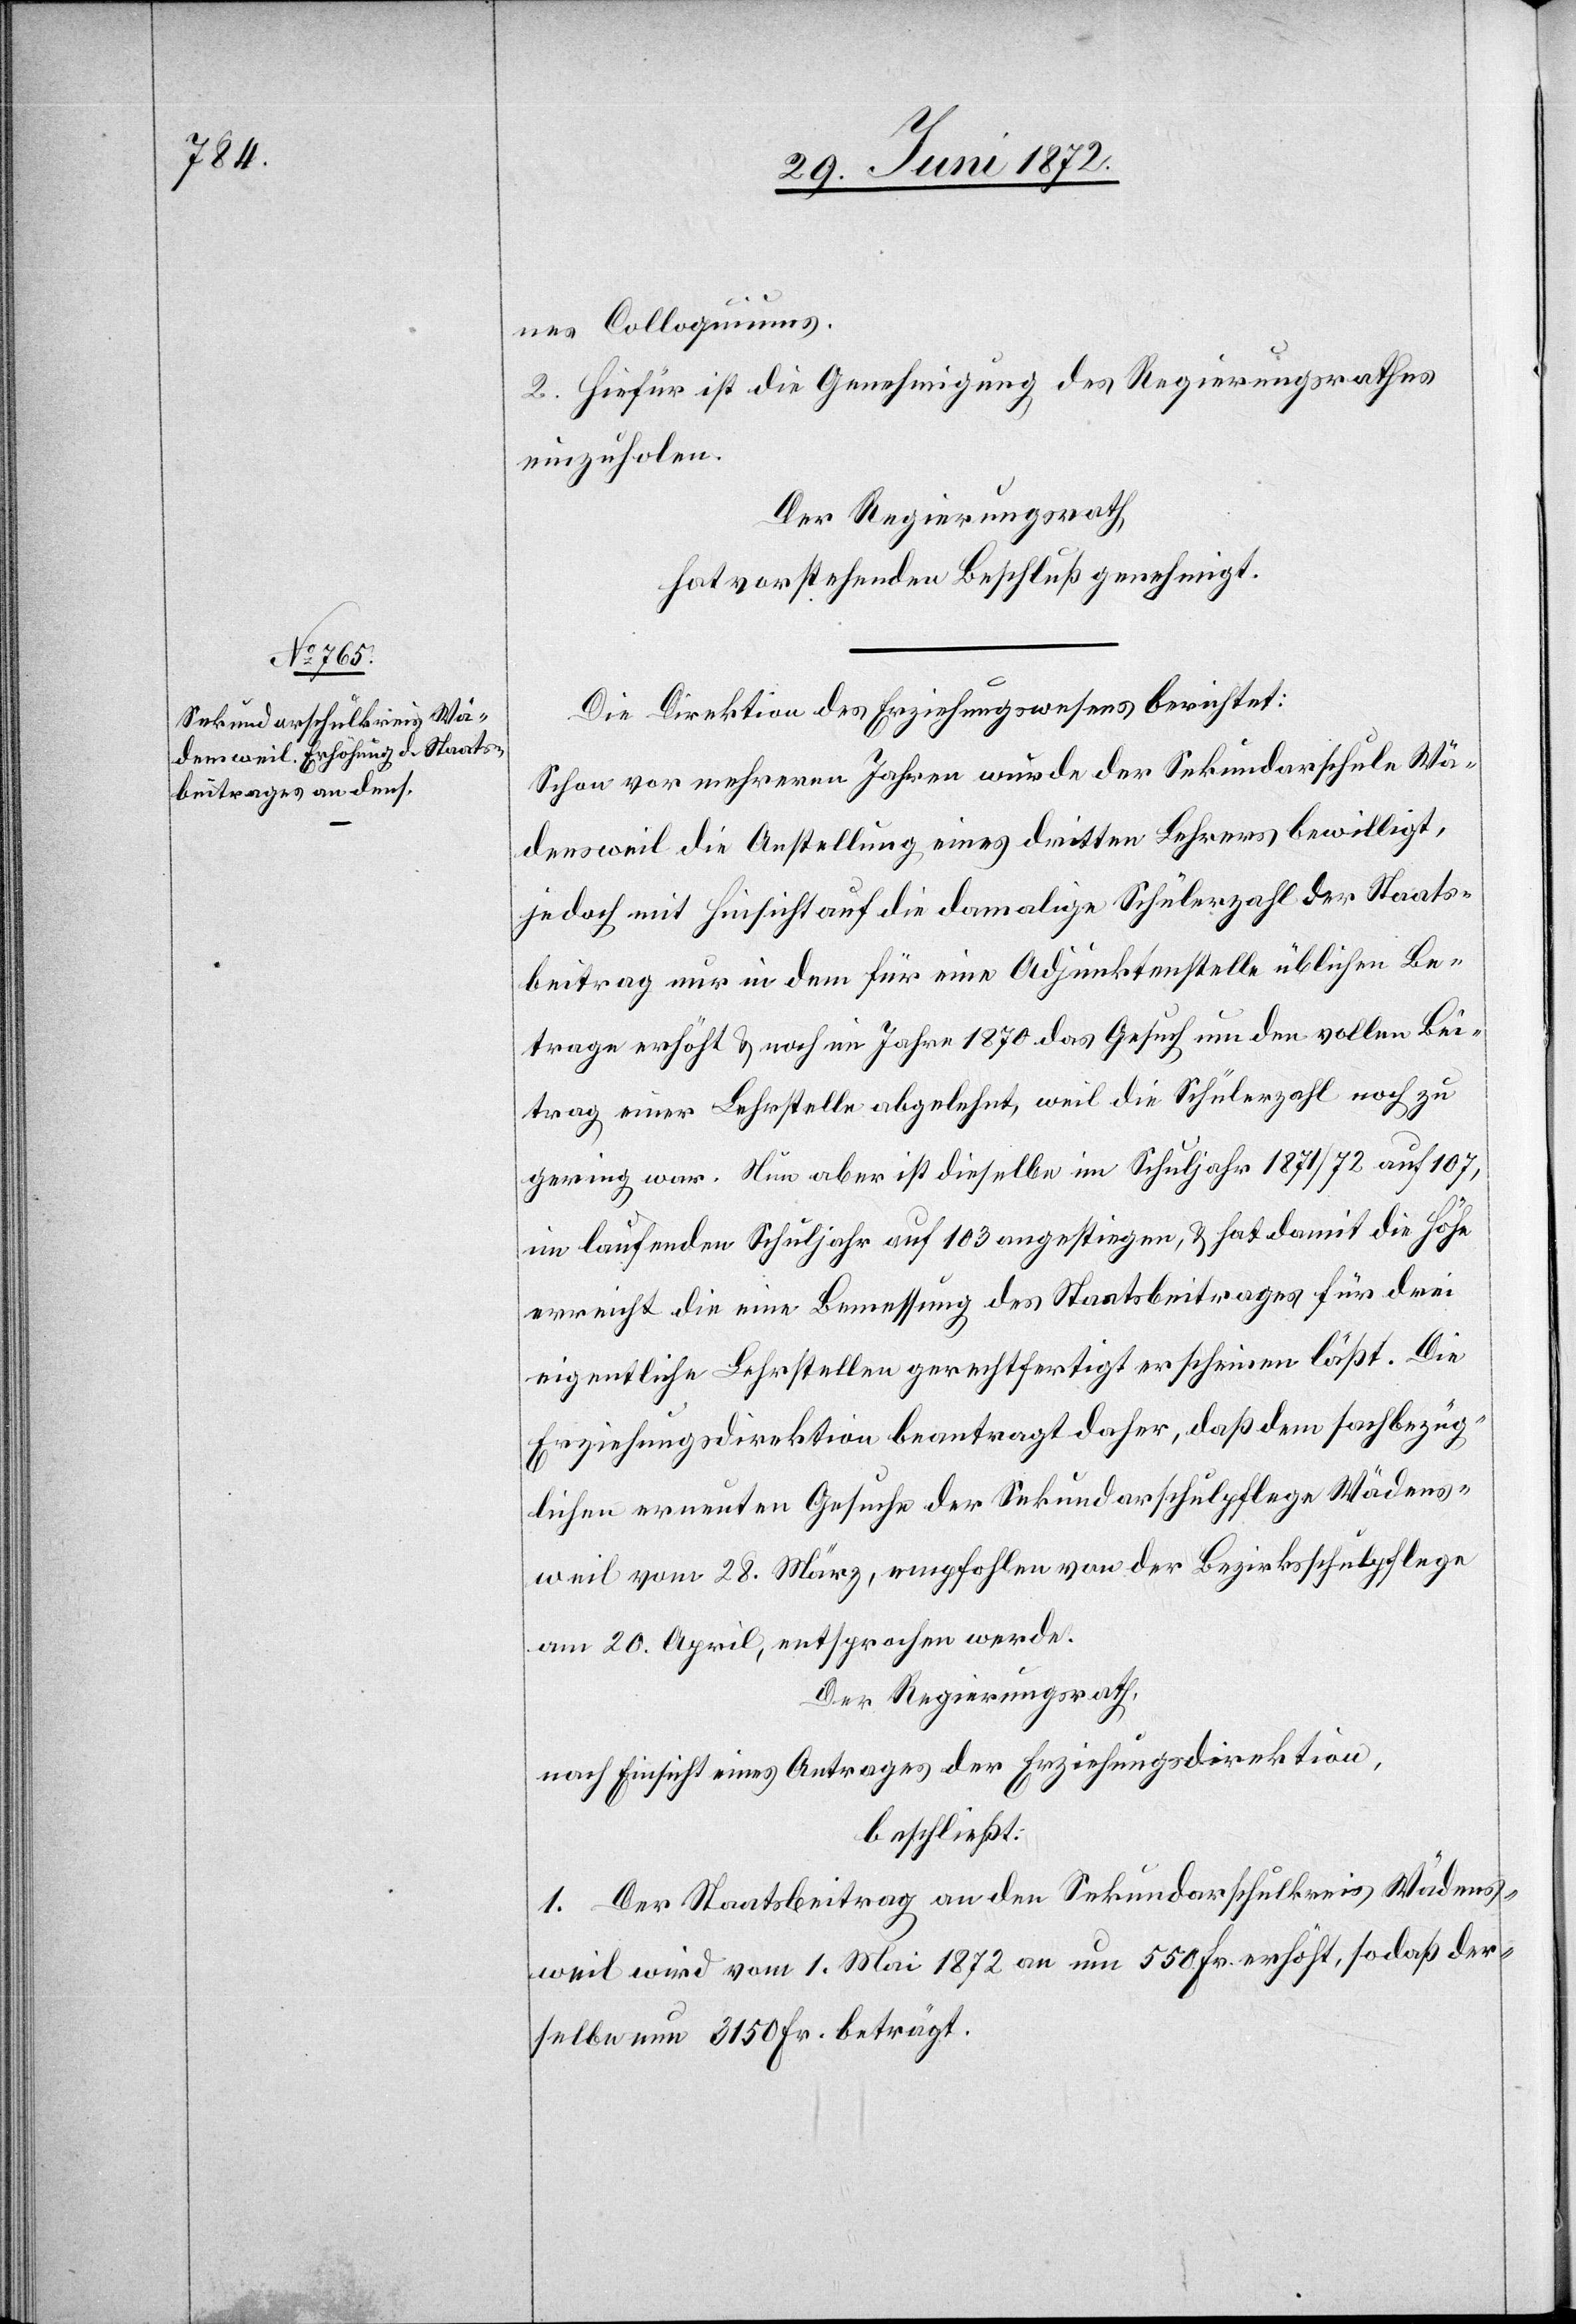
nes Colloquiums.
2. Hiefür ist die Genehmigung des Regierungsrathes
einzuholen.
Der Regierungsrath,
hat vorstehenden Beschluß genehmigt.
Die Direktion des Erziehungswesens berichtet:
Schon vor mehreren Jahren wurde der Sekundarschule Wä¬
densweil die Anstellung eines dritten Lehrers bewilligt,
jedoch mit Hinsicht auf die damalige Schülerzahl der Staats¬
beitrag nur in dem für eine Adjunktenstelle übliche Be¬
trage erhöht u. noch im Jahre 1870 das Gesuch um den vollen Bei¬
trag einer Lehrstelle abgelehnt weil die Schülerzahl noch zu
gering war. Nun aber ist dieselbe im Schuljahr 1871/72 auf 107,
im laufenden Schuljahr auf 103 angestiegen, u. hat damit die Höhe
erreicht die eine Besserung des Staatsbeitrages für drei
eigentliche Lehrstellen gerechtfertigt erscheinen läßt. Die
Erziehungsdirektion beantragt daher, daß dem sachbezüg¬
lichen ernennten Gesuche der Sekundarschulpflege Wädens¬
weil vom 28. März, empfohlen von der Bezirksschulpflege
am 20. April, entsprochen werde.
Der Regierungsrath,
nach Einsicht eines Antrages der Erziehungsdirektion,
beschließt:
1. Der Staatsbeitrag an den Sekundarschulkreis Wädens¬
weil wird vom 1. Mai 1872 an um 550 Fr. erhöht, so daß der¬
selbe nun 3150 Fr. beträgt.